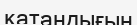
қатаңдығын